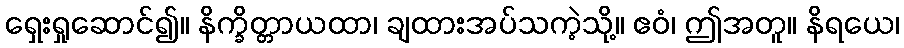
ရှေးရှုဆောင်၍။ နိက္ခိတ္တာယထာ၊ ချထားအပ်သကဲ့သို့။ ဧဝံ၊ ဤအတူ။ နိရယေ၊